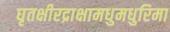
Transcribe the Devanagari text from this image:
घृतक्षीरद्राक्षामधुमधुरिमा